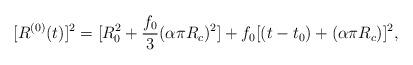
LaTeX: \begin{align*}[R^{(0)}(t)]^2=[R^2_0 +\frac{f_0}{3}(\alpha \pi R_c)^2]+f_0[(t-t_0) + (\alpha \pi R_c)]^2 ,\end{align*}